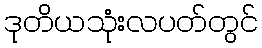
ဒုတိယသုံးလပတ်တွင်